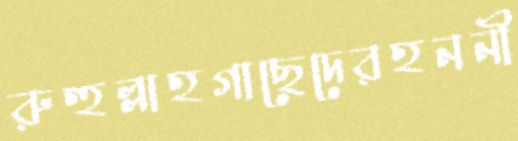
রুহুল্লাহগাছেদেরহননী